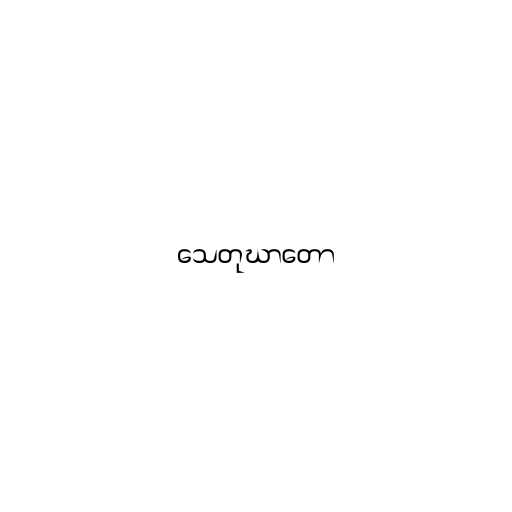
သေတုဃာတော